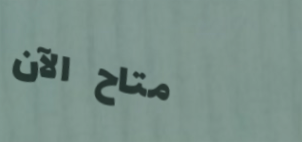
متاح الآن